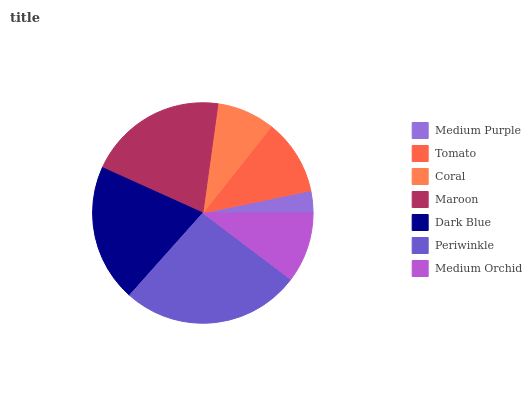
| Medium Purple | Tomato | Coral | Maroon | Dark Blue | Periwinkle | Medium Orchid |
 | --- | --- | --- | --- | --- | --- | --- |
 | 3.25% | 11.1% | 8.49% | 20.4% | 20.2% | 26.3% | 10.3% |